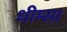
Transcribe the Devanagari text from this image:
धीम्सा